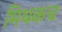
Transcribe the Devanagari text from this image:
मिथकच